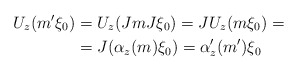
\begin{align*}U_{z}(m^{\prime}\xi_{0}) & =U_{z}(JmJ\xi_{0})=JU_{z}(m\xi_{0})=\\& =J(\alpha_{z}(m)\xi_{0})=\alpha_{z}^{\prime}(m^{\prime})\xi_{0}\end{align*}